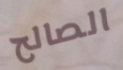
الصالح